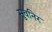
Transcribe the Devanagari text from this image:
सुवनिर